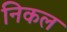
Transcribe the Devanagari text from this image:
निकल